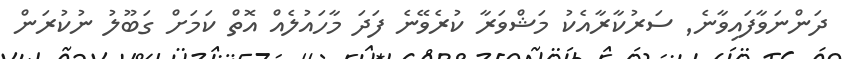
ދަންނަވާފައިވާނެ